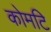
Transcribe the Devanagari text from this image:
कोमटि